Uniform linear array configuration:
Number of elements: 16
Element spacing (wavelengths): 0.25
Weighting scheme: kaiser
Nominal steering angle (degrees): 45
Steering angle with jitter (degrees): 43.801
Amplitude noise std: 0.05
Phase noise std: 0.05

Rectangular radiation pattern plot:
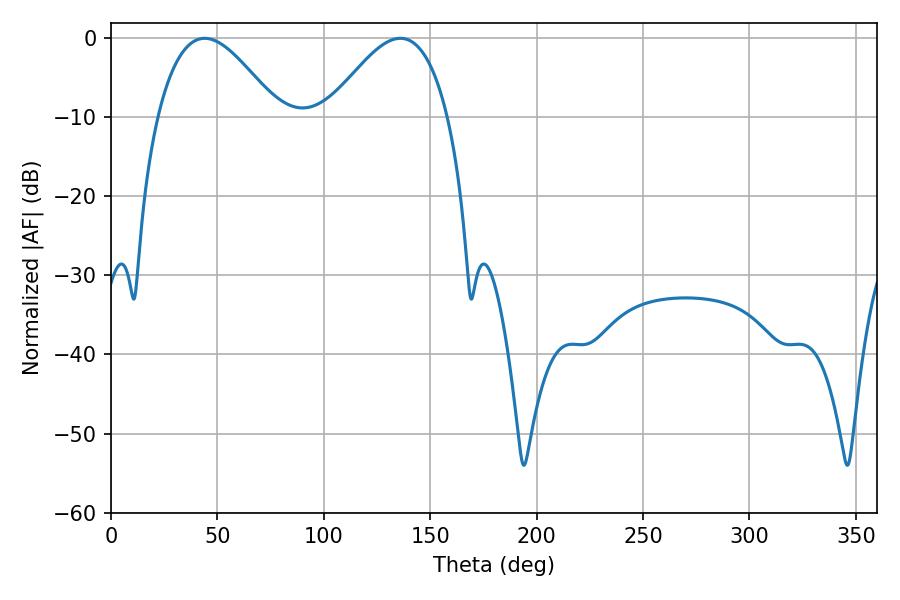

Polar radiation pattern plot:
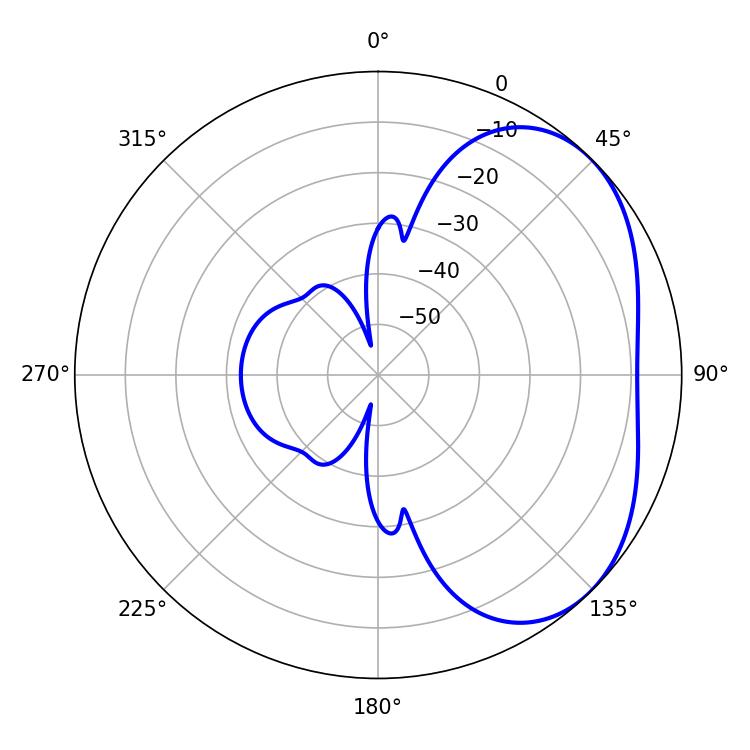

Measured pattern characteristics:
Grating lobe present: FALSE
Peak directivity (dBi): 3.578
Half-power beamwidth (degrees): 30.42
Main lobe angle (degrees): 44.1